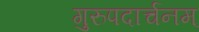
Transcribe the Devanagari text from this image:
गुरुपदार्चनम्